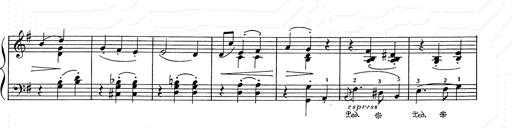
Title: 6 Polish Songs
Composer: Franz Liszt